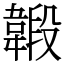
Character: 𩏇